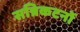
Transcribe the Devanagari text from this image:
सन्निकटनों